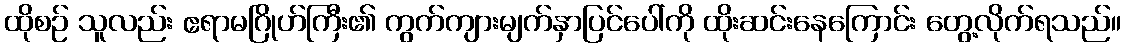
ထိုစဉ် သူလည်း ဧရာမဂြိုဟ်ကြီး၏ ကွက်ကျားမျက်နှာပြင်ပေါ်ကို ထိုးဆင်းနေကြောင်း တွေ့လိုက်ရသည်။